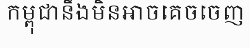
កម្ពុជានឹងមិនអាចគេចចេញ